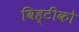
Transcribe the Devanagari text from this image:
विह्टीको